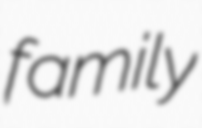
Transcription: family